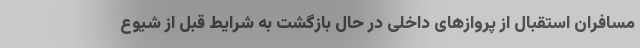
مسافران استقبال از پروازهای داخلی در حال بازگشت به شرایط قبل از شیوع